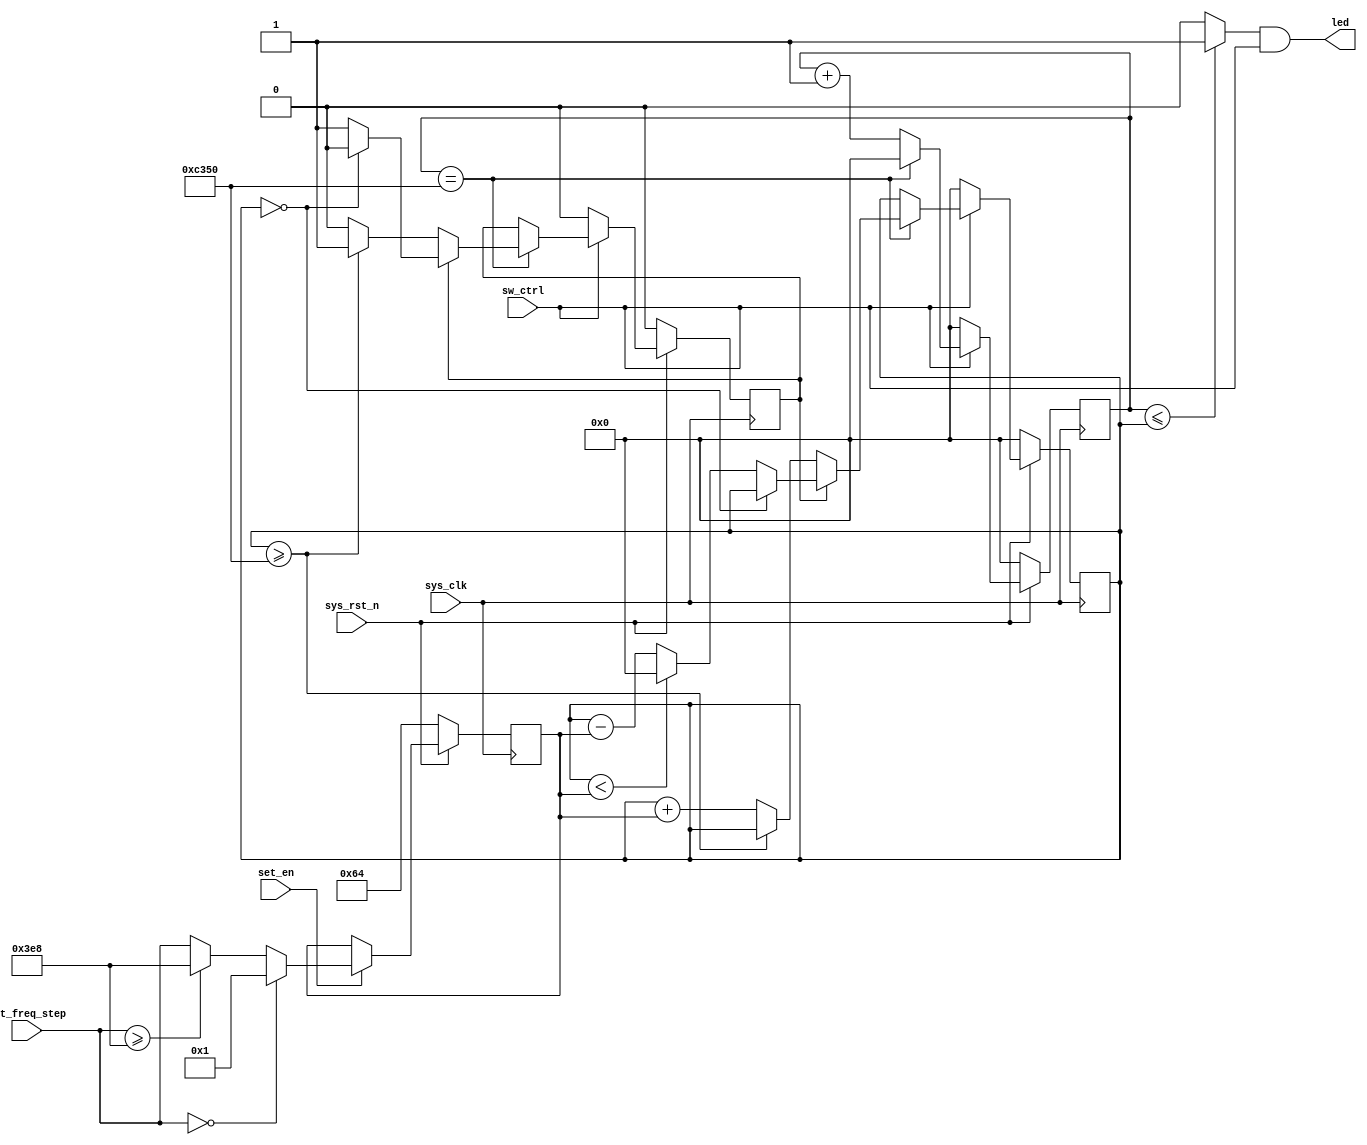
`timescale 1ns / 1ps
//////////////////////////////////////////////////////////////////////////////////
// Company: 
// Engineer: 
// 
// Design Name: 
// Module Name: breath_led
// Project Name: 
// Target Devices: 
// Tool Versions: 
// Description: 
// 
// Dependencies: 
// 
// Revision:
// Revision 0.01 - File Created
// Additional Comments:
// 
//////////////////////////////////////////////////////////////////////////////////


module breath_led(
  input       sys_clk         ,         
  input       sys_rst_n       ,         
  input       sw_ctrl         ,         
  input       set_en          ,         
  input [9:0] set_freq_step   ,   
  
  output      led             
//  output[15:0]cnt_flag        
    );
    
parameter START_FREQ_STEP = 10'd100;
 
reg [15:0] period_cnt       ;
reg [9:0]  freq_step        ;
reg [15:0] duty_cycle       ;
reg        inc_dec_flag     ;

wire       led_t            ;

assign led_t = ( period_cnt <= duty_cycle ) ? 1'b1 : 1'b0 ; 
assign led = led_t & sw_ctrl;
//assign cnt_flag = period_cnt;
 
always @ (posedge sys_clk) begin
    if(!sys_rst_n)
        period_cnt <= 16'd0;
    else if(!sw_ctrl)
        period_cnt <= 16'd0;
    else if(period_cnt == 16'd50_000)
        period_cnt <= 16'd0;
    else
        period_cnt <= period_cnt + 16'd1;
end
        
always @(posedge sys_clk) begin 
    if(!sys_rst_n)
        freq_step <= START_FREQ_STEP;
    else if(set_en) begin
        if(set_freq_step == 0)     
            freq_step <= 10'd1;
        else if(set_freq_step >= 10'd1_000)
            freq_step <= 10'd1_000;
        else
            freq_step <= set_freq_step;           
    end
end
 
always @(posedge sys_clk) begin
    if (sys_rst_n == 1'b0) begin
        duty_cycle <= 16'd0;
        inc_dec_flag <= 1'b0;
    end
    else if(!sw_ctrl)begin
        duty_cycle <= 16'd0;
        inc_dec_flag <= 1'b0;
    end
    else if(period_cnt == 16'd50_000) begin
        if(inc_dec_flag) begin
            if(duty_cycle == 16'd0)
                inc_dec_flag <= 1'b0;
            else if(duty_cycle < freq_step)
                duty_cycle <= 16'd0;
            else 
                duty_cycle <= duty_cycle - freq_step;
        end
        else begin
            if(duty_cycle >= 16'd50_000)
                inc_dec_flag <= 1'b1;
            else
                duty_cycle <= duty_cycle + freq_step;
        end
    end
    else
        duty_cycle <= duty_cycle;
end 
endmodule